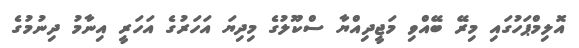
އޮލިމްޕަހުގައި މިރޭ ބޭއްވި މަޖީދިއްޔާ ސްކޫލުގެ މިދިޔަ އަހަރުގެ އަހަރީ އިނާމު ދިނުމުގެ